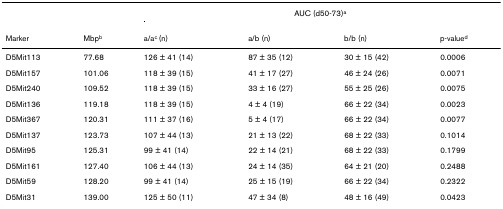
<table><thead><tr><td></td><td></td><td colspan="4"><b>AUC (d50-73)<sup>a</sup></b></td></tr><tr><td><b>Marker</b></td><td><b>Mbp<sup>b</sup></b></td><td><b>a/a<sup>c </sup>(n)</b></td><td><b>a/b (n)</b></td><td><b>b/b (n)</b></td><td><b>p-value<sup>d</sup></b></td></tr></thead><tbody><tr><td>D5Mit113</td><td>77.68</td><td>126 ± 41 (14)</td><td>87 ± 35 (12)</td><td>30 ± 15 (42)</td><td>0.0006</td></tr><tr><td>D5Mit157</td><td>101.06</td><td>118 ± 39 (15)</td><td>41 ± 17 (27)</td><td>46 ± 24 (26)</td><td>0.0071</td></tr><tr><td>D5Mit240</td><td>109.52</td><td>118 ± 39 (15)</td><td>33 ± 16 (27)</td><td>55 ± 25 (26)</td><td>0.0075</td></tr><tr><td>D5Mit136</td><td>119.18</td><td>118 ± 39 (15)</td><td>4 ± 4 (19)</td><td>66 ± 22 (34)</td><td>0.0023</td></tr><tr><td>D5Mit367</td><td>120.31</td><td>111 ± 37 (16)</td><td>5 ± 4 (17)</td><td>66 ± 22 (34)</td><td>0.0077</td></tr><tr><td>D5Mit137</td><td>123.73</td><td>107 ± 44 (13)</td><td>21 ± 13 (22)</td><td>68 ± 22 (33)</td><td>0.1014</td></tr><tr><td>D5Mit95</td><td>125.31</td><td>99 ± 41 (14)</td><td>22 ± 14 (21)</td><td>68 ± 22 (33)</td><td>0.1799</td></tr><tr><td>D5Mit161</td><td>127.40</td><td>106 ± 44 (13)</td><td>24 ± 14 (35)</td><td>64 ± 21 (20)</td><td>0.2488</td></tr><tr><td>D5Mit59</td><td>128.20</td><td>99 ± 41 (14)</td><td>25 ± 15 (19)</td><td>66 ± 22 (34)</td><td>0.2322</td></tr><tr><td>D5Mit31</td><td>139.00</td><td>125 ± 50 (11)</td><td>47 ± 34 (8)</td><td>48 ± 16 (49)</td><td>0.0423</td></tr></tbody></table>